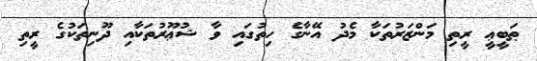
ޠަބީޢީ ރީތި މަންޒަރުތަކާ މެދު އޭނާގެ ހިތުގައި ވާ ޝުޢޫރުތަކާއި ދޫނިތަކުގެ ރީތި